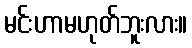
မင်းဟာမဟုတ်ဘူးလား။